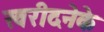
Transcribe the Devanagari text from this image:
खरीदनेके